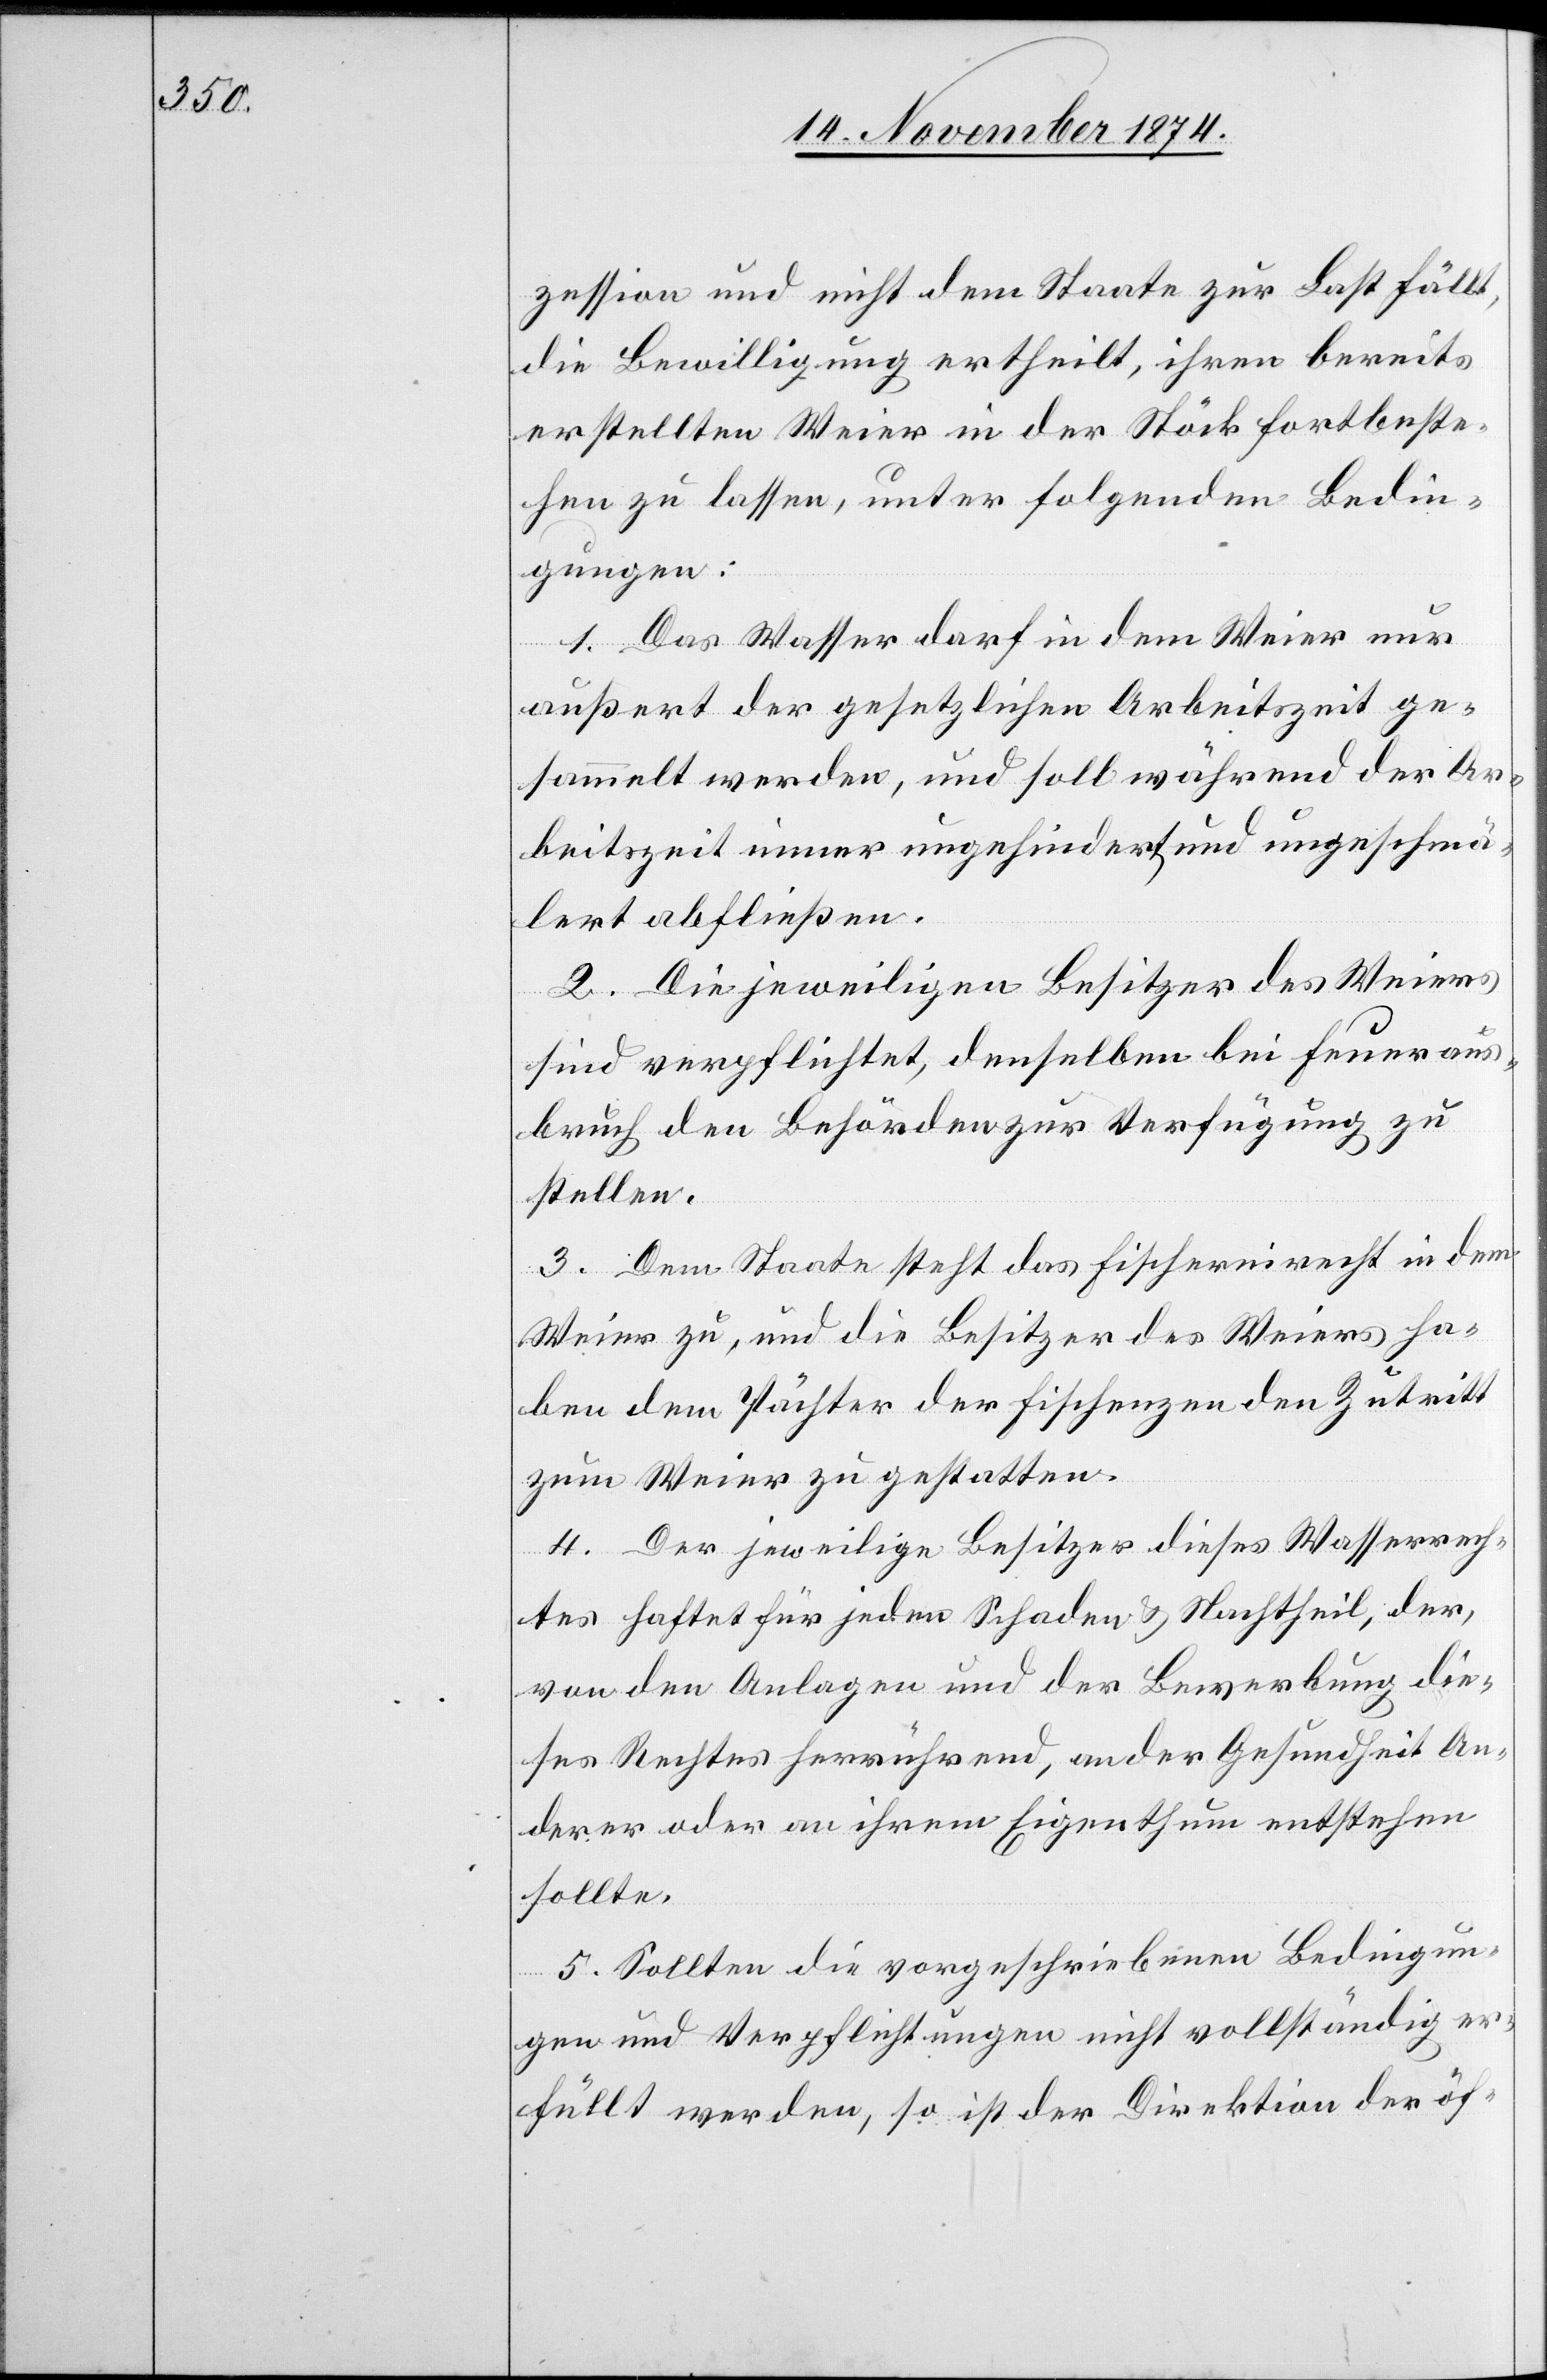
zession und nicht dem Staate zur Last fällt,
die Bewilligung ertheilt, ihren bereits
erstellten Weier in der Stöck fortbeste¬
hen zu lassen, unter folgenden Bedin¬
gungen:
1. Das Wasser darf in dem Weier nur
außert der gesetzlichen Arbeitszeit ge¬
sammelt werden, und soll während der Ar¬
beitszeit immer ungehindert und ungeschmä¬
lert abfließen.
2. Die jeweiligen Besitzer des Weiers
sind verpflichtet, denselben bei Feueraus¬
bruch den Behörden zur Verfügung zu
stellen.
3. Dem Staate steht das Fischereirecht in dem
Weier zu, und die Besitzer des Weiers ha¬
ben dem Pächter der Fischenzen den Zutritt
zum Weier zu gestatten.
4. Der jeweilige Besitzer dieses Wasserrech¬
tes haftet für jeden Schaden & Nachtheil, der,
von den Anlagen und der Bewerbung die¬
ses Rechtes herrührend, an der Gesundheit An¬
derer oder an ihrem Eigenthum entstehen
sollte.
5. Sollten die vorgeschriebenen Bedingun¬
gen und Verpflichtungen nicht vollständig er¬
füllt werden, so ist der Direktion der öf-